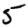
Digit: 5